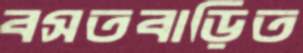
বসতবাড়িত